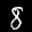
Label: 8